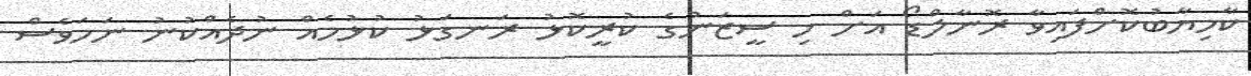
ކާމިޔާބުކޮށްފައިވާ ރޮނާލްޑޯ އަށް މި ސީޒަނުގެ ކުރީކޮޅު ރަނގަޅު ކުޅުމެއް ނުދެއްކުނު ނަމަވެސް